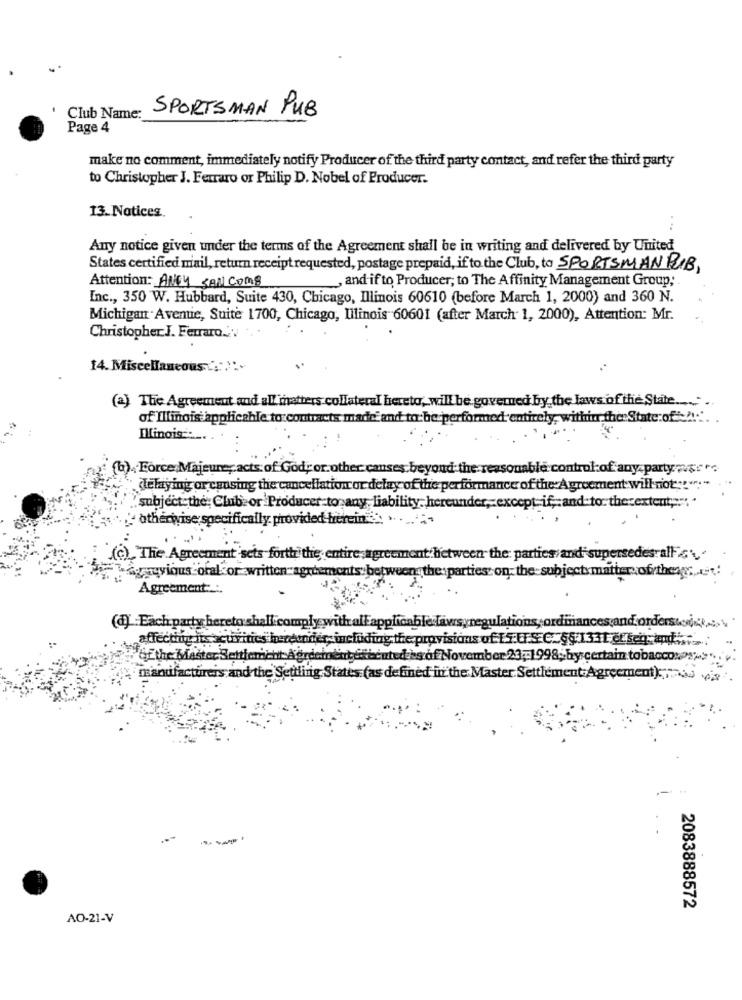
SPORTSMAN PUB
Club Name:
Page 4
make no comment, immediately notify Producer of the third party contact, and refer the third party
to Christopher J. Ferraro or Philip D. Nobel of Producer.
13. Notices.
Any notice given under the terms of the Agreement shall be in writing and delivered by United
States certified mail, return receipt requested, postage prepaid, if to the Club, to SPORTSMANRIB,
Attention: ANCY SAN COM8
, and if to Producer; to The Affinity Management Group;
Inc ., 350 W. Hubbard, Suite 430, Chicago, Illinois 60610 (before March 1, 2000) and 360 N.
Michigan Avemie, Suite 1700, Chicago, Illinois 60601 (after March 1, 2000), Attention: Mr.
Christopher.J. Ferraro ....
14. Miscellaneous ( .: ):
(2) The Agreement and all matters collateral hereto, will be governed by the laws of the State
of Illinois applicable to contracts made and to be performed entirely, within the State:of ......
Illinois .....
(b).Force Majeure, acts: of God, or other canses beyond the re
onable control of any party wvero
delaying or causing the cancellation or delay of the performance of the Agreement will not ;! ":"
tif, and to the extent ... .
subject the; Clube or Producer to any liability-her
" otherwise specifically provided herein"
(c), The Agreement sets forth the entire agreement between the: parties and supersedes alF .
agreements: between the parties: on the subject matter of theag.cot:
Tryyiguscoral or written"
Agreement :.:.
(d) Each party hereto shall.compl
thrallapplicable laws,regulations, ordinances and ordersuoi;
'Of the Master Settlemacht A
aber 23 ,- 1998, by certain tobaccowhy
manufacturers and the Settling States (as defined in the Master Settlement:Agreer
2083888572
AO-21-V